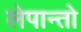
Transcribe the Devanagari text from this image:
लेपान्तो